Tartu_linnavalitsus, lk 17
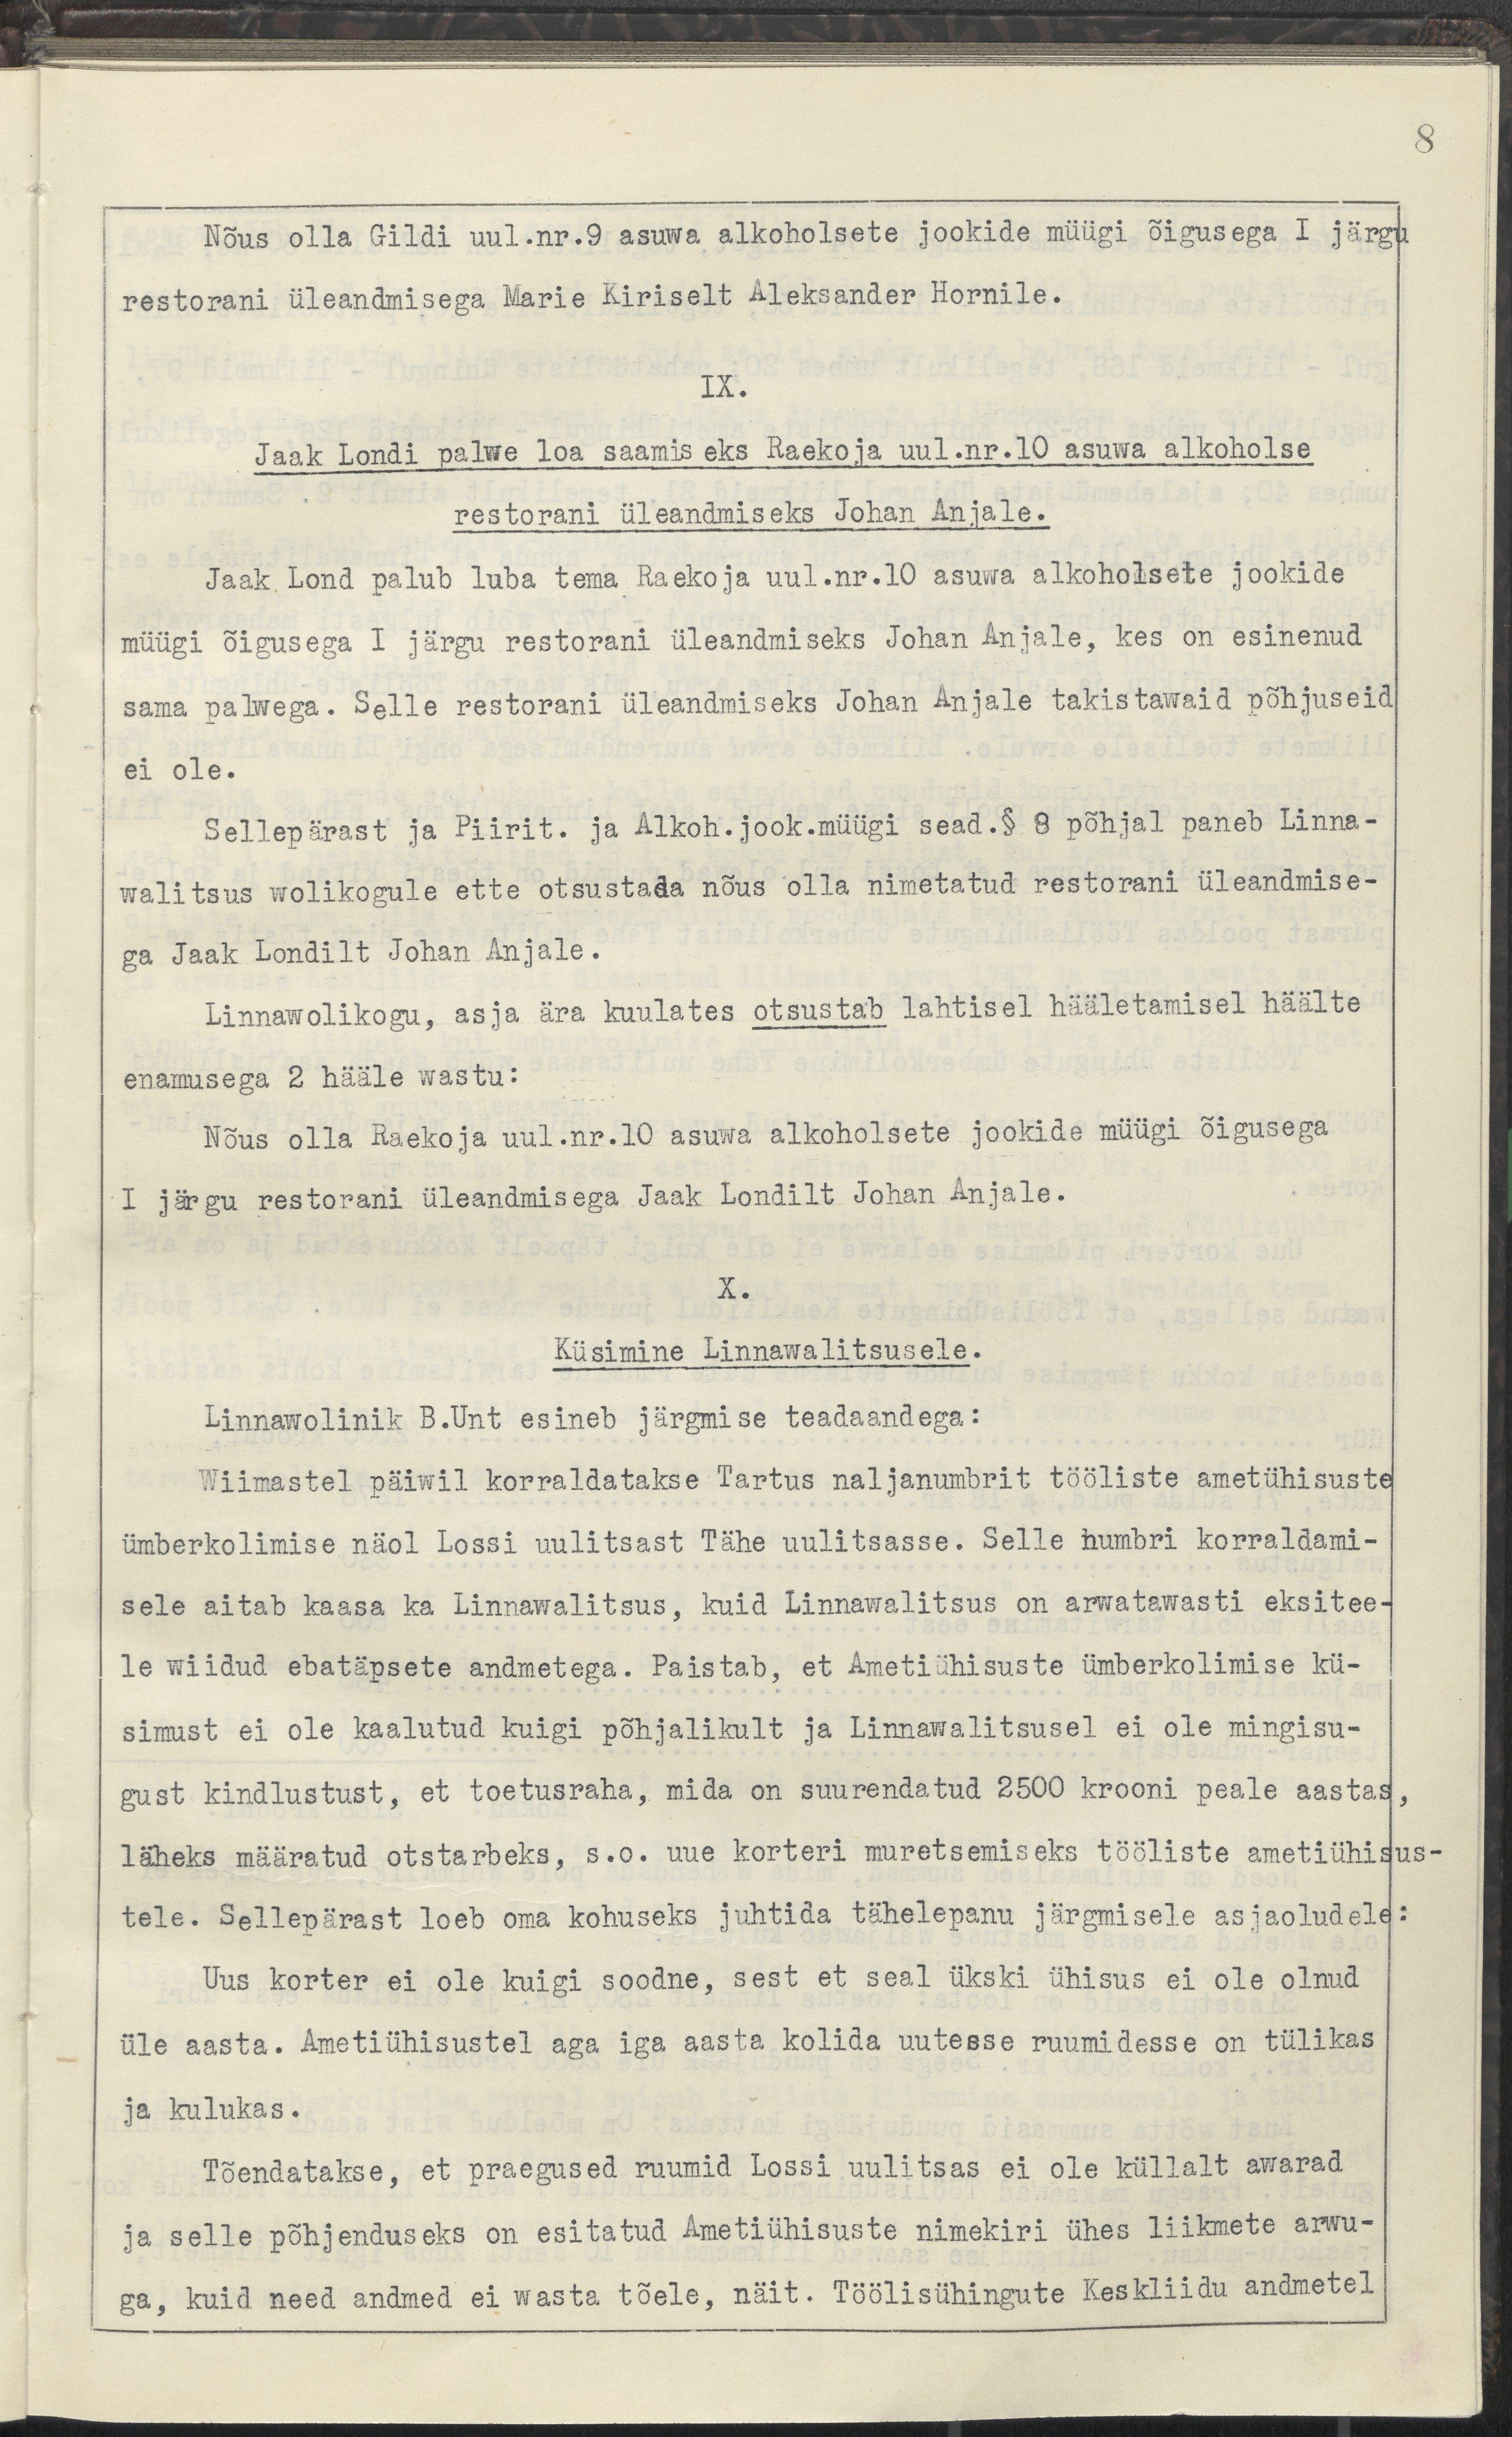
Nõus olla Gildi uul.nr9 asuwa alkoholsete jookide müügi õigusega I järgu 
restorani üleandmisega Marie Kiriselt Aleksander Hornile.
IX.
Jaak Londi palwe loa saamis eks Raekoja uul.nr.10 asuwa alkoholse 
restorani üleandmiseks Johan Anjale.
Jaak Lond palub luba tema Raekoja uul.nr.10 asuwa alkoholsete jookide 
müügi õigusega I järgu restorani üleandmiseks Johan Anjale, kes on esinenud 
sama palwega. Selle restorani üleandmiseks Johan Anjale takistawaid põhjuseid
ei ole.
Sellepärast ja Piirit. ja Alkohol.jook.müügi sead.§ 8 põhjal paneb Linna-
walitsus wolikogule ette otsustada nõus olla nimetatud restorani üleandmise-
ga Jaak Londilt Johan Anjale.
Linnawolikogu, asja ära kuulates otsustab lahtisel hääletamisel häälte
enamusega 2 hääle wastu:
Nõus olla Raekoja uul.nr.10 asuwa alkoholsete jookide müügi õigusega
I järgu restorani üleandmisega Jaak Londilt Johan Anjale.
X.
Küsimine Linnawalitsusele.
Linnawolinik B.Unt esineb järgmise teadaandega:
Wiimastel päiwil korraldatakse Tartus naljanumbrit tööliste ametiühisuste
ümberkolimise näol Lossi uulitsast Tähe uulitsasse. Selle numbri korraldami-
sele aitab kaasa ka Linnawalitsus, kuid Linnawalitsus on arwatawasti eksitee-
le wiidud ebatäpsete andmetega. Paistab, et Ametiühisuste ümberkolimise kü-
simust ei ole kaalutud kuigi põhjalkult ja Linnawalitsusel ei ole mingisu-
gust kindlustust, et toetusraha, mida on suurendatud 2500 krooni peale aastas,  
läheks määratud otstarbeks, s.o. uue korteri muretsemiseks tööliste ametiühisus-
tele. Sellepärast loeb oma kohuseks juhtida tähelepanu järgmisele asjaoludele:
uus korter ei ole kuigi soodne, sest et seal ükski ühisus ei ole olnud
üle aasta. Ametiühistutel aga iga aasta kolida uutesse ruumidesse on tülikas
ja kulukas.
Tõendatakse, et praegused ruumid Lossi uulitsas ei ole küllalt awarad
ja selle põhjenduseks on esitatud Ametiühistute nimekiri ühes liikmete arwu-
ga, kuid need andmed ei wasta tõele, näit. Töölisühingute Keskliidu andmetel